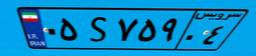
۰۵S۷۵۹۰۴